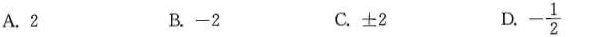
A. 2 B. -2 C. ±2 D. $$-\frac{1}{2}$$